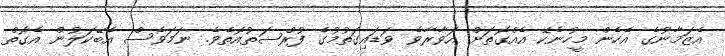
އެޒަމާނުގެ އެހެން މީހުނެކޭ އެއްގޮތަށް އަވާރާވެ ވަޑައިގަތުމުގެ ފުރްޞަތުއޮތެވެ. ނަމަވެސް އެބޭކަލުން އެގޮތް